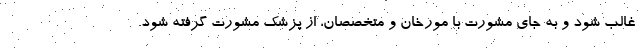
غالب شود و به جای مشورت با مورخان و متخصصان، از پزشک مشورت گرفته شود.